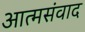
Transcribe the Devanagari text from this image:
आत्मसंवाद